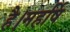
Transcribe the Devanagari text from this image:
है।महर्षि